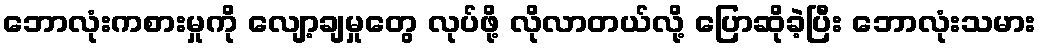
ဘောလုံးကစားမှုကို လျော့ချမှုတွေ လုပ်ဖို့ လိုလာတယ်လို့ ပြောဆိုခဲ့ပြီး ဘောလုံးသမား